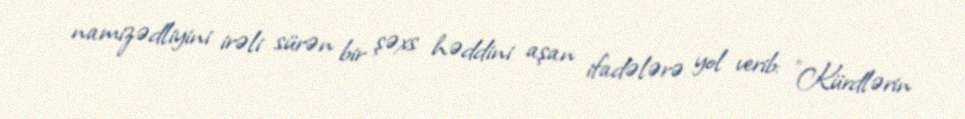
namizədliyini irəli sürən bir şəxs həddini aşan ifadələrə yol verib: "Kürdlərin